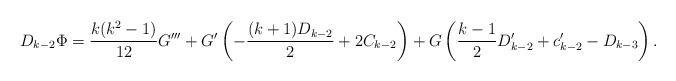
LaTeX: \begin{align*} D_{k-2} \Phi = \frac{k(k^2-1)}{12} G''' + G' \left( - \frac{(k+1)D_{k-2}}2 + 2 C_{k-2} \right) + G \left( \frac{k-1}2 D_{k-2}' + c_{k-2}' - D_{k-3} \right) .\end{align*}